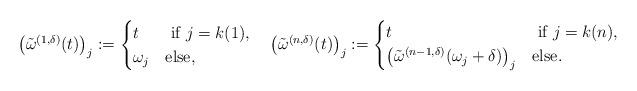
LaTeX: \begin{align*}\left( \tilde{\omega}^{(1, \delta)}(t) \right)_j &:=\begin{cases} t & \mbox{ if } j = k(1),\\\omega_j & \mbox{else},\end{cases} \quad\left( \tilde{\omega}^{(n, \delta)}(t) \right)_j :=\begin{cases} t & \mbox{ if } j = k(n),\\\left( \tilde{\omega}^{(n-1, \delta)}(\omega_j + \delta) \right)_j & \mbox{else}.\end{cases}\end{align*}